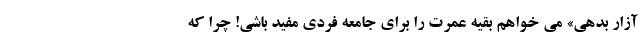
آزار بدهی» می خواهم بقیه عمرت را برای جامعه فردی مفید باشی! چرا که